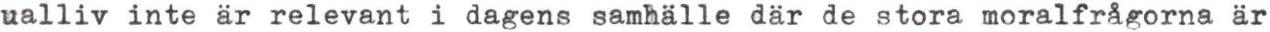
ualliv inte är relevant i dagens samhälle där de stora moralfrågorna är